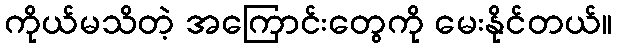
ကိုယ်မသိတဲ့ အကြောင်းတွေကို မေးနိုင်တယ်။